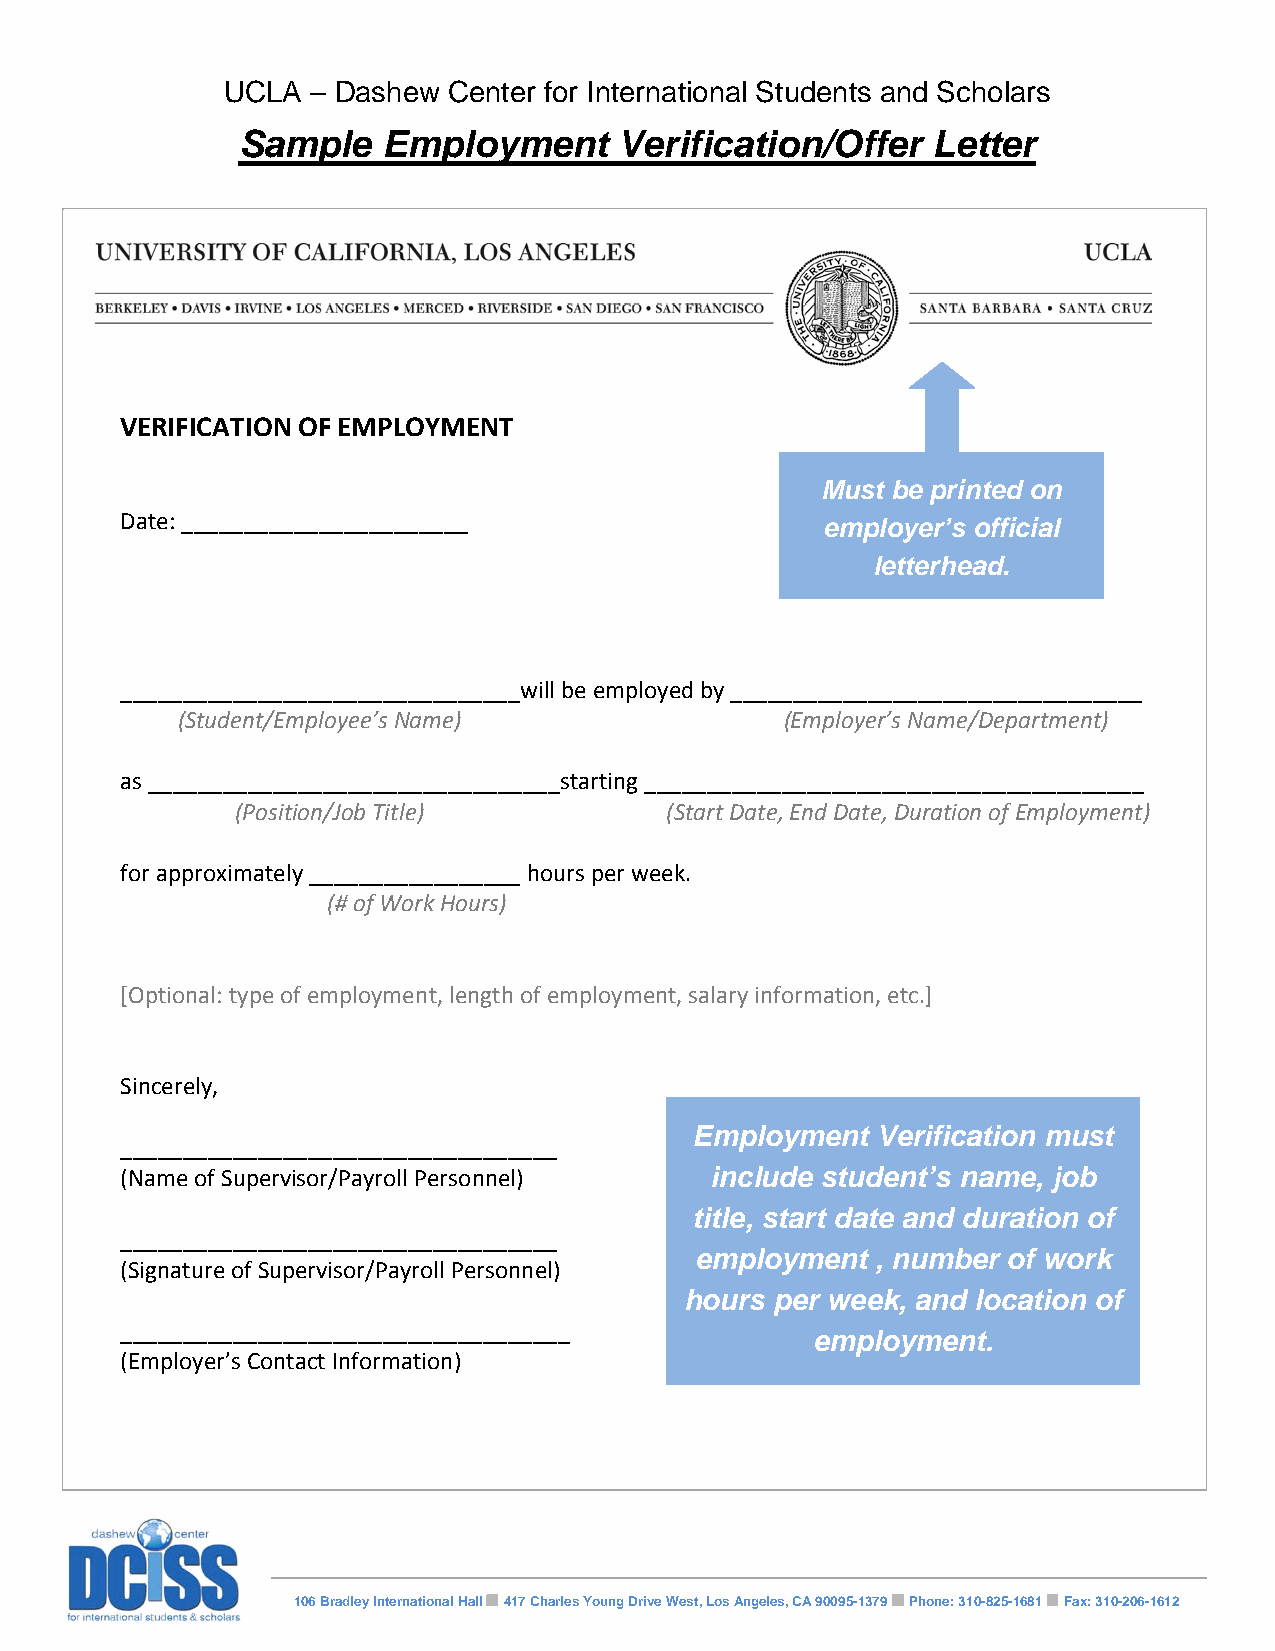
UCLA  – Dashew Center for International Students and Scholars
 Sample   Employment      Verification/Offer   Letter
 VERIFICATION OF EMPLOYMENT
 Must be printed on
 Date: _______________________
 employer’s official
 letterhead.
 ________________________________will be employed by _________________________________
 (Student/Employee’s Name)               (Employer’s Name/Department)
 as _________________________________starting ________________________________________
 (Position/Job Title)        (Start Date, End Date, Duration of Employment)
 for approximately _________________ hours per week.
 (# of Work Hours)
 [Optional: type of employment, length of employment, salary information, etc.]
 Sincerely,
 Employment  Verification must
 ___________________________________
 (Name of Supervisor/Payroll Personnel) include student’s name, job
 title, start date and duration of
 ___________________________________
 employment  , number of work
 (Signature of Supervisor/Payroll Personnel)
 hours per week, and location of
 ____________________________________
 employment.
 (Employer’s Contact Information)
 106 Bradley International Hall 417 Charles Young Drive West, Los Angeles, CA 90095-1379 Phone: 310-825-1681 Fax: 310-206-1612